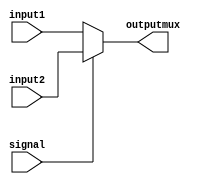
module mux(
	input[31:0]input1,input2,
	input signal,
	output reg[31:0]outputmux
);

always@*
begin
	if (signal == 0)
		outputmux = input1;
	else
		outputmux = input2;
end

endmodule